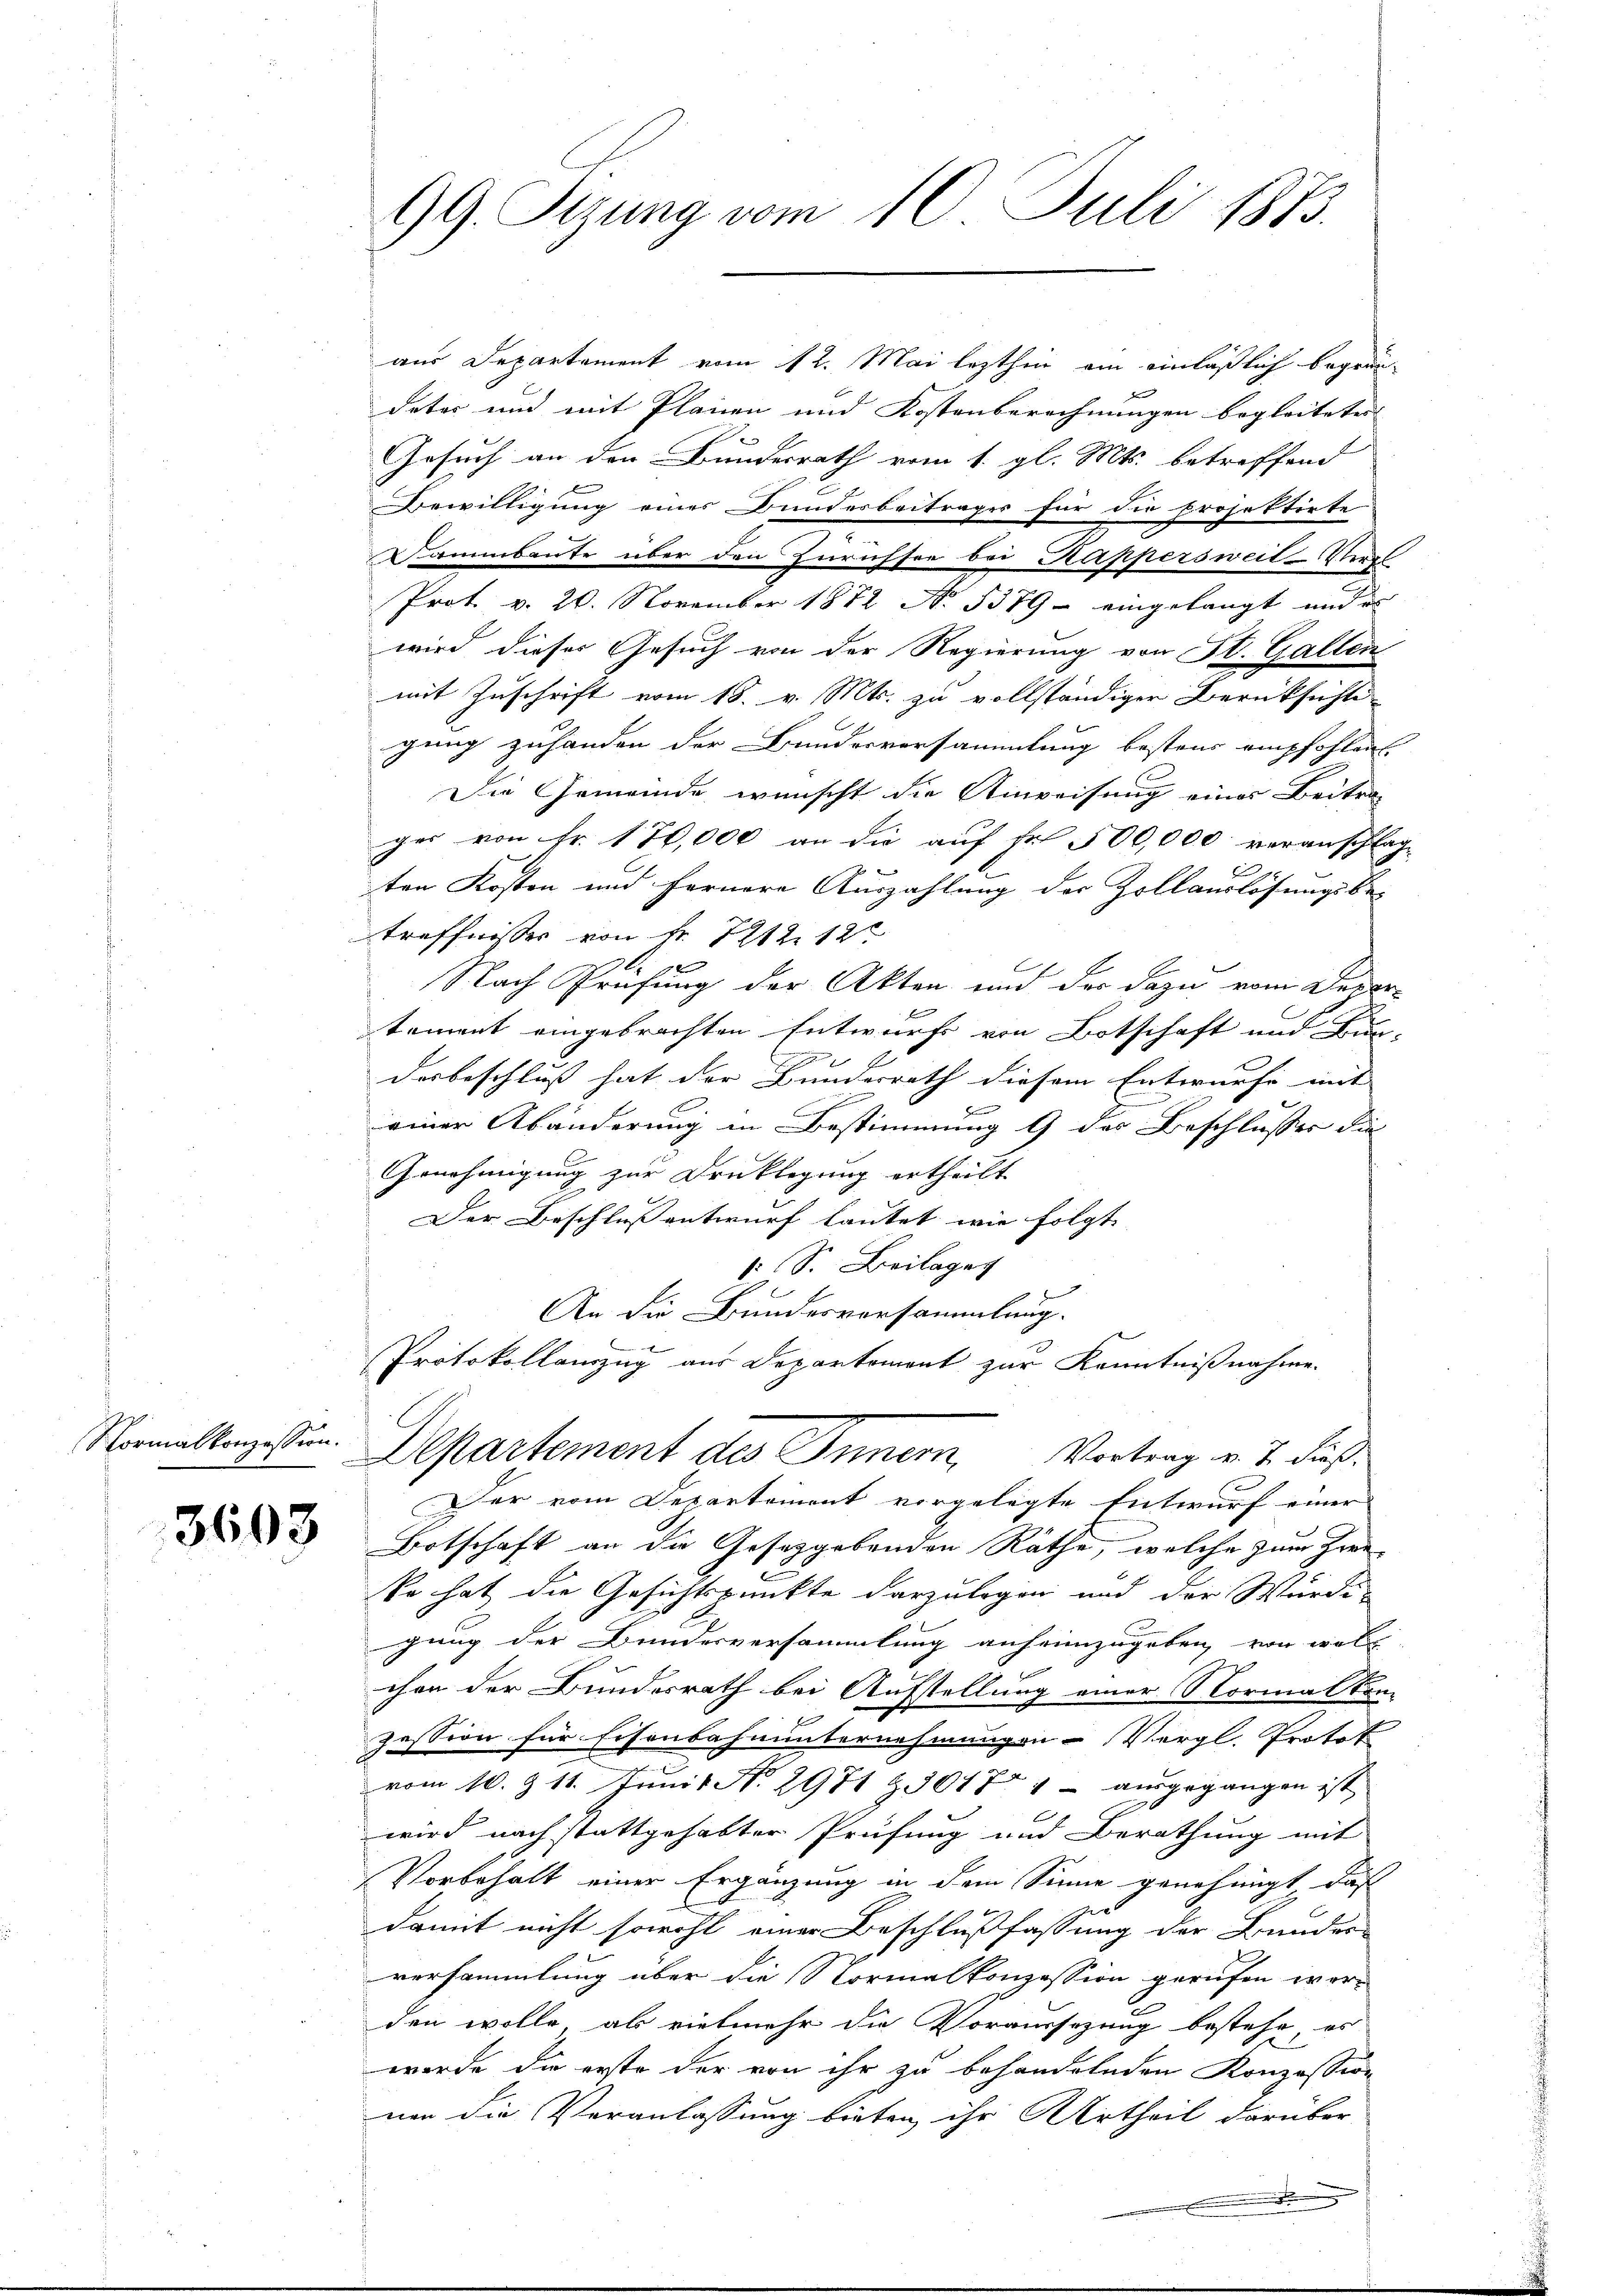
Normalkonzession.

3603

99. Sizung vom 10. Juli 1873.

aus Departement vom 12. Mai lezthin am einläßlich begründetes und mit Plänen und Kostenberechnungen begleiteten
Gesuch an den Bundesrath vom 1. gl. Mts. betreffend
Bewilligung eines Bundesbeitrages für die projektirte
Dammbaute über den Zürichsee bei Kappersweil Stadt
Prot. v. 20. November 1872 No 1379 – eingelangt und e
wird dieser Gesuch von der Regierung von St. Gallen
mit Zuschrift vom 18. v. Mts. zu vollständiger Berüksichte
gung zuhanden der Bundesversammlung bestens empfohlen.
Die Gemeinde wünscht die Anweisung eines Beitra-
ger von Fr. 170,000 an die auf Fr. 500,000 voranschlag
ten Kosten und fernere Auszahlung der Zollauslösungsbe-
treffnisses von Fr. 721212
Nach Prüfung der Akten und der dazu vom Depar¬
.
Einen
tement eingebrachten Entwurfs von Botschaft und Bun-
e
derbeschluss hat der Bundesrath diesem Entwurfe mit |
H
einer Abänderung in Bestimmung 9 des Beschlusses die
Genehmigung zur Drucklegung ertheilt
Der Beschluß entwurf lautet wie folgt.
 (S. Beilage
An die Bundesversammlung
Protokollanzug aus Departement zur Kenntnißnahme.

Departement des Innern, Vortrag v. 7. dieß

Der vom Departement vorgelegte Entwurf einer
Botschaft an die Gesetzgebenden Räthe, welche zum Zweko hat die Gesichtspunkte darzulegen und der Würdi-
gung der Bundesversammlung anheimzugeben von woll
chen der Bundesrath bei Aufstellung einer Normalkon-
zession für Eisenbahnunternehmungen Vergl. Protok
vom 10. Z. 11. Jŭnit N. 2971 & 3017 1 aŭsgegangen ist,
wird nach stattgehabter Prüfung und Berathung mit
Vorbehalt einer Ergänzung in dem Sinne genehmigt, daß
damit nicht sowohl einer Beschlußfassung der Bundes-
versammlung über die Normalkonzession gerufen worden wolle, als vielmehr die Voraussezung bestehe, es
werde die erste der von ihr zu behandelnden Konzession
nen die Veranlassung bieten ihr Urtheil darüber